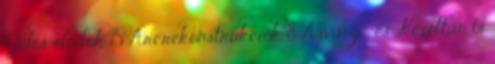
Jeles elődök 15 Arcrekonstrukciók 8 Ásvány- és Kőzettan 61